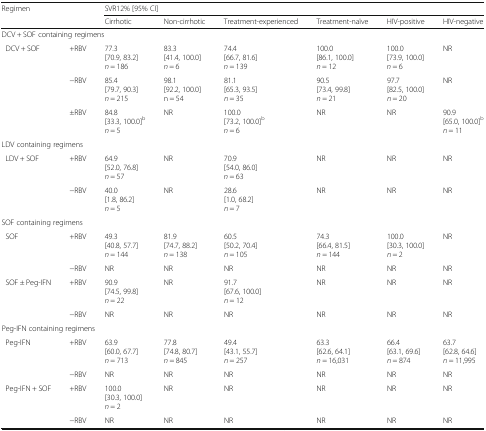
<table><thead><tr><td rowspan="2" colspan="2"><b>Regimen</b></td><td colspan="6"><b>SVR12% [95% CI]</b></td></tr><tr><td><b>Cirrhotic</b></td><td><b>Non-cirrhotic</b></td><td><b>Treatment-experienced</b></td><td><b>Treatment-naïve</b></td><td><b>HIV-positive</b></td><td><b>HIV-negative</b></td></tr></thead><tbody><tr><td colspan="8">DCV + SOF containing regimens</td></tr><tr><td rowspan="3"> DCV + SOF</td><td>+RBV</td><td>77.3[70.9, 83.2]<i>n</i> = 186</td><td>83.3[41.4, 100.0]<i>n</i> = 6</td><td>74.4[66.7, 81.6]<i>n</i> = 139</td><td>100.0[86.1, 100.0]<i>n</i> = 12</td><td>100.0[73.9, 100.0]<i>n</i> = 6</td><td>NR</td></tr><tr><td>−RBV</td><td>85.4[79.7, 90.3]<i>n</i> = 215</td><td>98.1 [92.2, 100.0]n = 54</td><td>81.1[65.3, 93.5]<i>n</i> = 35</td><td>90.5[73.4, 99.8]<i>n</i> = 21</td><td>97.7[82.5, 100.0]<i>n</i> = 20</td><td>NR</td></tr><tr><td>±RBV</td><td>84.8[33.3, 100.0]<sup>b</sup><i>n</i> = 5</td><td>NR</td><td>100.0[73.2, 100.0]<sup>b</sup><i>n</i> = 6</td><td>NR</td><td>NR</td><td>90.9[65.0, 100.0]<sup>b</sup><i>n</i> = 11</td></tr><tr><td colspan="8">LDV containing regimens</td></tr><tr><td rowspan="2"> LDV + SOF</td><td>+RBV</td><td>64.9[52.0, 76.8]<i>n</i> = 57</td><td>NR</td><td>70.9[54.0, 86.0]<i>n</i> = 63</td><td>NR</td><td>NR</td><td>NR</td></tr><tr><td>−RBV</td><td>40.0[1.8, 86.2]<i>n</i> = 5</td><td>NR</td><td>28.6[1.0, 68.2]<i>n</i> = 7</td><td>NR</td><td>NR</td><td>NR</td></tr><tr><td colspan="8">SOF containing regimens</td></tr><tr><td rowspan="2"> SOF</td><td>+RBV</td><td>49.3[40.8, 57.7]<i>n</i> = 144</td><td>81.9[74.7, 88.2]<i>n</i> = 138</td><td>60.5[50.2, 70.4]<i>n</i> = 105</td><td>74.3[66.4, 81.5]<i>n</i> = 144</td><td>100.0[30.3, 100.0]<i>n</i> = 2</td><td>NR</td></tr><tr><td>−RBV</td><td>NR</td><td>NR</td><td>NR</td><td>NR</td><td>NR</td><td>NR</td></tr><tr><td rowspan="2"> SOF ± Peg-IFN</td><td>+RBV</td><td>90.9[74.5, 99.8]<i>n</i> = 22</td><td>NR</td><td>91.7[67.6, 100.0]<i>n</i> = 12</td><td>NR</td><td>NR</td><td>NR</td></tr><tr><td>−RBV</td><td>NR</td><td>NR</td><td>NR</td><td>NR</td><td>NR</td><td>NR</td></tr><tr><td colspan="8">Peg-IFN containing regimens</td></tr><tr><td rowspan="2"> Peg-IFN</td><td>+RBV</td><td>63.9[60.0, 67.7]<i>n</i> = 713</td><td>77.8[74.8, 80.7]<i>n</i> = 845</td><td>49.4[43.1, 55.7]<i>n</i> = 257</td><td>63.3[62.6, 64.1]<i>n</i> = 16,031</td><td>66.4[63.1, 69.6]<i>n</i> = 874</td><td>63.7[62.8, 64.6]<i>n</i> = 11,995</td></tr><tr><td>−RBV</td><td>NR</td><td>NR</td><td>NR</td><td>NR</td><td>NR</td><td>NR</td></tr><tr><td rowspan="2"> Peg-IFN + SOF</td><td>+RBV</td><td>100.0[30.3, 100.0]<i>n</i> = 2</td><td>NR</td><td>NR</td><td>NR</td><td>NR</td><td>NR</td></tr><tr><td>−RBV</td><td>NR</td><td>NR</td><td>NR</td><td>NR</td><td>NR</td><td>NR</td></tr></tbody></table>